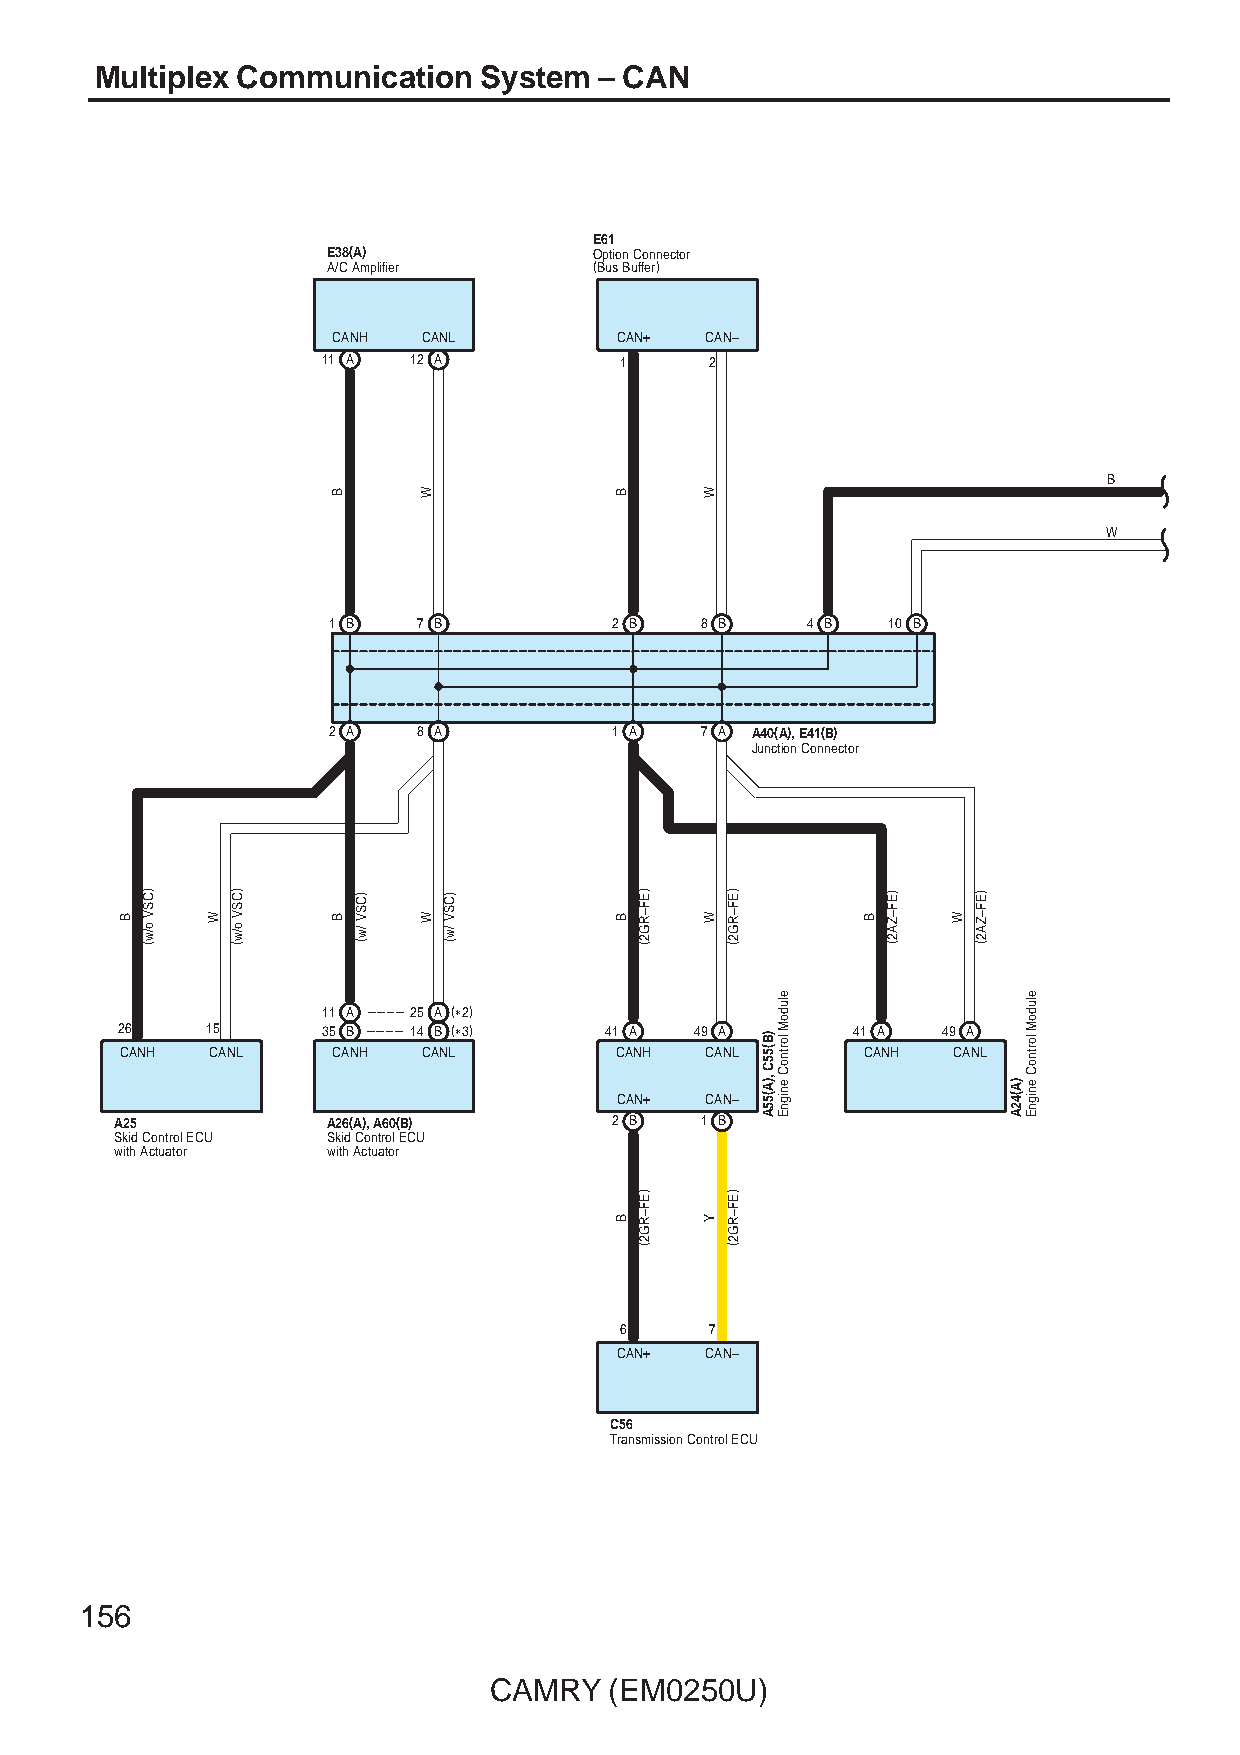
Multiplex Communication   System  – CAN
 E61
 E38(A)           Option Connector
 A/C Amplifier    (Bus Buffer)
 CANH  CANL         CAN+  CAN–
 11 A  12 A          1     2
 B
 W
 1 B   7 B          2 B  8 B    4 B   10 B
 2 A   8 A          1 A  7 A A40(A), E41(B)
 Junction Connector
 11 A  25 A (∗2)
 26    15     35 B  14 B (∗3)    41 A  49 A      41 A  49 A
 CANH  CANL    CANH  CANL         CANH  CANL      CANH  CANL
 CAN+  CAN–
 A25           A26(A), A60(B)     2 B  1 B
 Skid Control ECU Skid Control ECU
 with Actuator with Actuator
 6     7
 CAN+  CAN–
 C56
 Transmission Control ECU
 156
 CAMRY   (EM0250U)
 B
 )CSV
 o/w(
 W
 )CSV
 o/w(
 B
 B
 )CSV
 /w(
 W
 W
 )CSV
 /w(
 B
 B
 B
 )EF–RG2(
 )EF–RG2(
 W
 W
 Y
 )EF–RG2(
 )EF–RG2(
 )B(55C
 ,)A(55A
 eludoM
 lortnoC
 enignE
 B
 )EF–ZA2(
 W
 )EF–ZA2(
 )A(42A
 eludoM
 lortnoC
 enignE